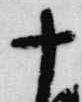
十